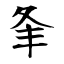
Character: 夆